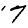
Digit: 7